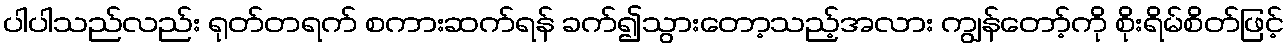
ပါပါသည်လည်း ရုတ်တရက် စကားဆက်ရန် ခက်၍သွားတော့သည့်အလား ကျွန်တော့်ကို စိုးရိမ်စိတ်ဖြင့်